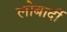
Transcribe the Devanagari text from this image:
लोबार्दी